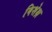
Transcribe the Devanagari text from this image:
विशेक्ष